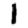
Digit: 1